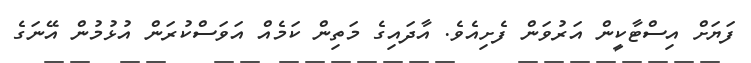
ފަޔަށް އިސްޓާކީން އަރުވަން ފެށިއެވެ. އާދައިގެ މަތިން ކަމެއް އަވަސްކުރަން އުޅުމުން އޭނަގެ